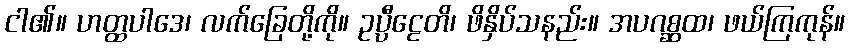
ငါ၏။ ဟတ္ထပါဒေ၊ လက်ခြေတို့ကို။ ဥပ္ပီဠေတိ၊ ဖိနှိပ်သနည်း။ အပဂစ္ဆထ၊ ဖယ်ကြကုန်။